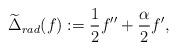
LaTeX: \begin{align*}\widetilde{\Delta}_{rad}(f) := \frac{1}{2}f''+\frac{\alpha}{2}f',\end{align*}